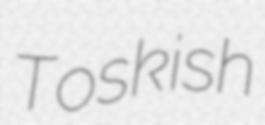
Toskish